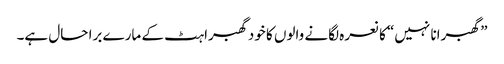
”گھبرانا نہیں“ کا نعرہ لگانے والوں کا خود گھبراہٹ کے مارے برا حال ہے۔